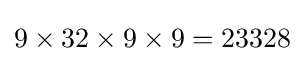
9\times 32\times 9\times 9=23328